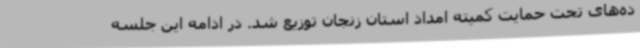
ده‌های تحت حمایت کمیته امداد استان زنجان توزیع ‌شد. در ادامه این جلسه